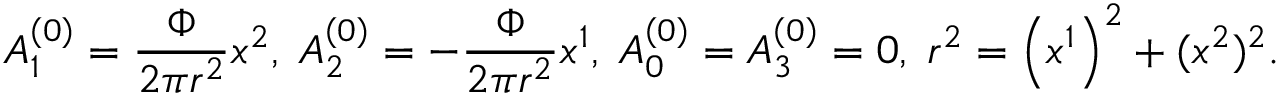
A _ { 1 } ^ { \left( 0 \right) } = { \frac { { \Phi } } { { 2 \pi r ^ { 2 } } } } x ^ { 2 } , \; A _ { 2 } ^ { \left( 0 \right) } = - { \frac { { \Phi } } { { 2 \pi r ^ { 2 } } } } x ^ { 1 } , \; A _ { 0 } ^ { \left( 0 \right) } = A _ { 3 } ^ { \left( 0 \right) } = 0 , \; r ^ { 2 } = \left( x ^ { 1 } \right) ^ { 2 } + ( x ^ { 2 } ) ^ { 2 } .